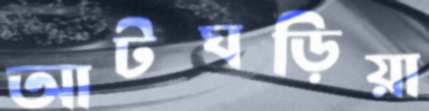
আটঘড়িয়া